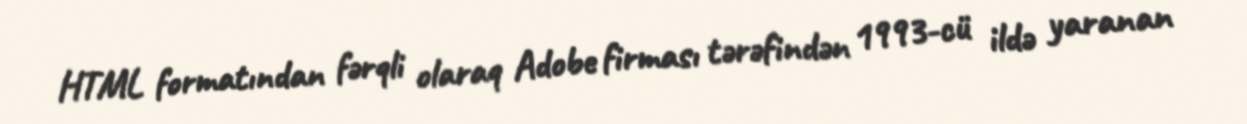
HTML formatından fərqli olaraq Adobe firması tərəfindən 1993-cü ildə yaranan